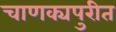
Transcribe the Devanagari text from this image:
चाणक्यपुरीत